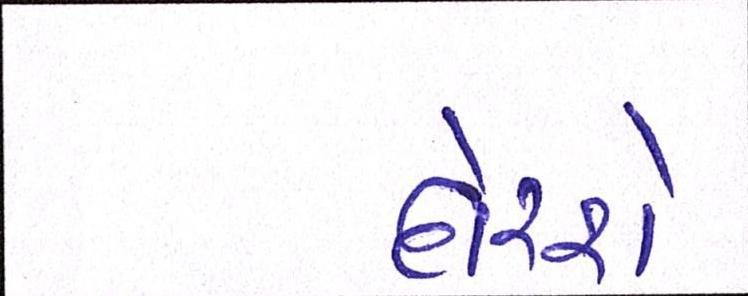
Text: દોરશે